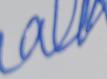
Signature authenticity: forged